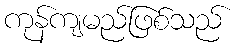
ကုန်ကျမည်ဖြစ်သည်